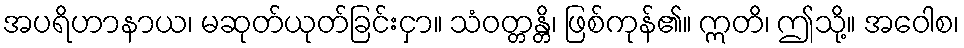
အပရိဟာနာယ၊ မဆုတ်ယုတ်ခြင်းငှာ။ သံဝတ္တန္တိ၊ ဖြစ်ကုန်၏။ ဣတိ၊ ဤသို့။ အဝေါစ၊